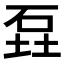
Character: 𮵎